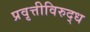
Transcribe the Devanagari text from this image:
प्रवृत्तीविरुद्ध